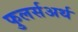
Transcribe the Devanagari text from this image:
फुलर्सअर्थ